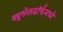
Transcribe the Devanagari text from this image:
ड्युसेलडॉर्फमध्ये